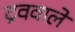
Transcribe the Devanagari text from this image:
द्रववाले